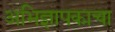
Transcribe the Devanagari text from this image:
अभिज्ञापकाचा